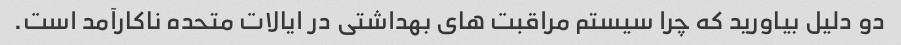
دو دلیل بیاورید که چرا سیستم مراقبت های بهداشتی در ایالات متحده ناکارآمد است.